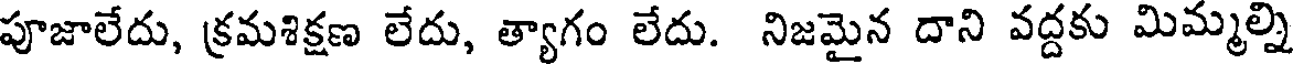
పూజాలేదు, క్రమశిక్షణ లేదు, త్యాగం లేదు. నిజమైన దాని వద్దకు మిమ్మల్ని